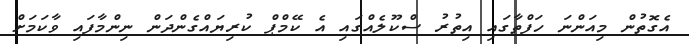
އެގޮތުން މިއަންނަ ހަފްތާގައި އިތުރު ސްކޫލެއްގައި އެ ކޭމްޕް ކުރިޔައްގެންދަން ނިންމާފައި ވާކަމަށް